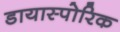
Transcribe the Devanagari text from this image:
डायास्पोरिक